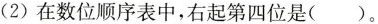
(2)在数位顺序表中，右起第四位是()。